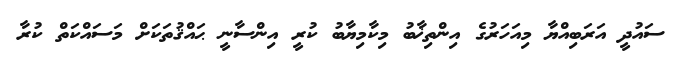
ސައުދީ އަރަބިއްޔާ މިއަހަރުގެ އިންތިޚާބު މިކާމިޔާބު ކުރީ އިންސާނީ ޙައްޤުތަކަށް މަސައްކަތް ކުރާ